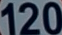
120